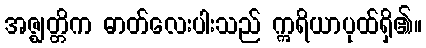
အဇ္ဈတ္တိက ဓာတ်လေးပါးသည် ဣရိယာပုထ်ရှိ၏။